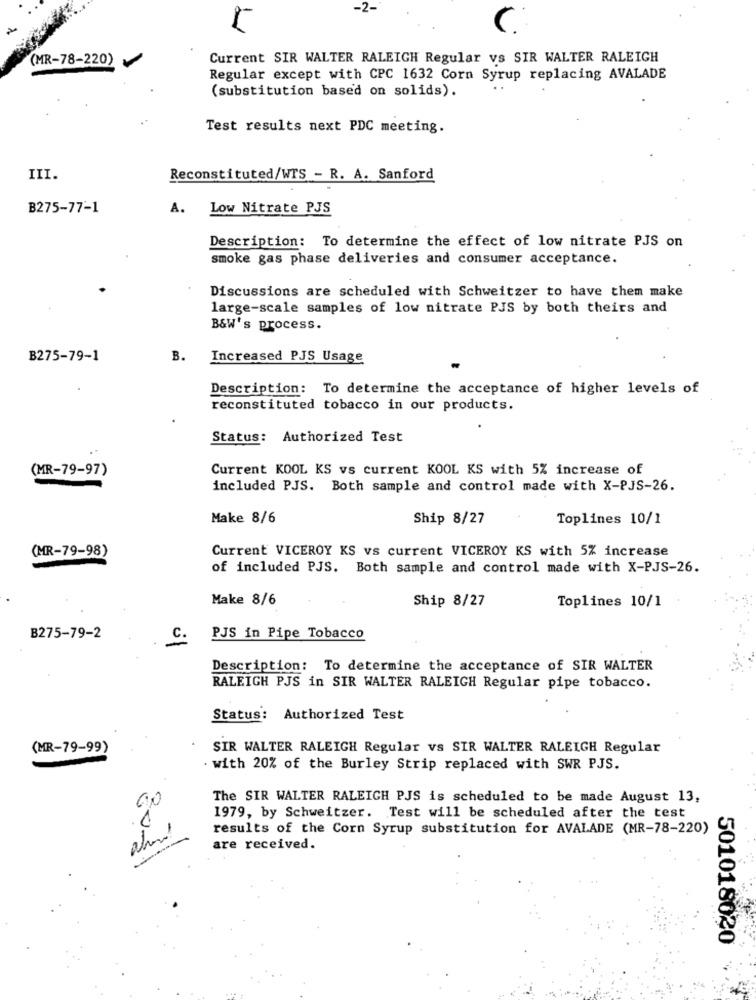
-2-
C.
(MR-78-220)
Current SIR WALTER RALEIGH Regular vs SIR WALTER RALEIGH
Regular except with CPC 1632 Corn Syrup replacing AVALADE
(substitution based on solids).
Test results next PDC meeting.
III.
Reconstituted/WTS - R. A. Sanford
B275-77-1
A.
Low Nitrate PJS
Description: To determine the effect of low nitrate PJS on
smoke gas phase deliveries and consumer acceptance.
Discussions are scheduled with Schweitzer to have them make
large-scale samples of low nitrate PJS by both theirs and
B&W's process.
B275-79-1
B.
Increased PJS Usage
Description: To determine the acceptance of higher levels of
reconstituted tobacco in our products.
Status: Authorized Test
(MR-79-97)
Current KOOL KS vs current KOOL KS with 5% increase of
included PJS. Both sample and control made with X-PJS-26.
Make 8/6
Ship 8/27
Toplines 10/1
(MR-79-98)
Current VICEROY KS vs current VICEROY KS with 5% increase
of included PJS. Both sample and control made with X-PJS-26.
Make 8/6
Ship 8/27
Toplines 10/1
B275-79-2
C.
PJS in Pipe Tobacco
Description: To determine the acceptance of SIR WALTER
RALEIGH PJS in SIR WALTER RALEIGH Regular pipe tobacco.
Status: Authorized Test
(MR-79-99)
SIR WALTER RALEIGH Regular vs SIR WALTER RALEIGH Regular
. with 20% of the Burley Strip replaced with SWR PJS.
The SIR WALTER RALEIGH PJS is scheduled to be made August 13,
1
1979, by Schweitzer. Test will be scheduled after the test
results of the Corn Syrup substitution for AVALADE (MR-78-220)
10
are received.
501018020